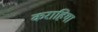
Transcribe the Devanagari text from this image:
कराहिया